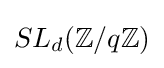
SL_{d}(\mathbb {Z} /q\mathbb {Z} )